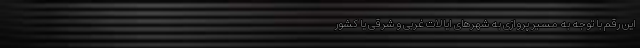
این رقم با توجه به مسیر پروازی به شهرهای ایالات غربی و شرقی یا کشور